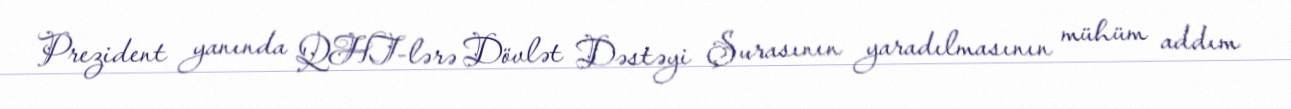
Prezident yanında QHT-lərə Dövlət Dəstəyi Şurasının yaradılmasının mühüm addım